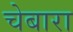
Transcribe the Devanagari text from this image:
चेबारा